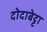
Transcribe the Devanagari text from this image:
दोदाबेट्टा